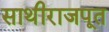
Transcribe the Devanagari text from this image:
साथीराजपूत